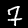
Digit: 7